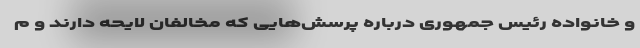
و خانواده رئیس جمهوری درباره پرسش‌هایی که مخالفان لایحه دارند و م